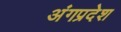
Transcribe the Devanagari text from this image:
अंगप्रदेश